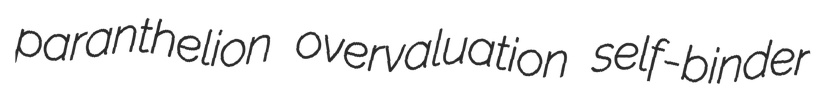
paranthelion overvaluation self-binder